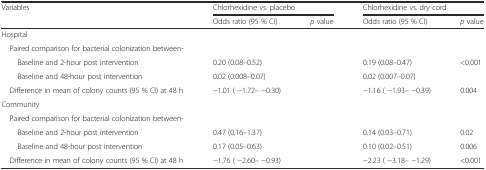
<table><thead><tr><td rowspan="2"><b>Variables</b></td><td colspan="2"><b>Chlorhexidine vs. placebo</b></td><td colspan="2"><b>Chlorhexidine vs. dry cord</b></td></tr><tr><td><b>Odds ratio (95 % CI)</b></td><td><b><i>p</i> value</b></td><td><b>Odds ratio (95 % CI)</b></td><td><b><i>p</i> value</b></td></tr></thead><tbody><tr><td>Hospital</td><td>[EMPTY_CELL]</td><td>[EMPTY_CELL]</td><td>[EMPTY_CELL]</td><td>[EMPTY_CELL]</td></tr><tr><td> Paired comparison for bacterial colonization between-</td><td>[EMPTY_CELL]</td><td>[EMPTY_CELL]</td><td>[EMPTY_CELL]</td><td>[EMPTY_CELL]</td></tr><tr><td>Baseline and 2-hour post intervention</td><td>0.20 (0.08–0.52)</td><td>[EMPTY_CELL]</td><td>0.19 (0.08–0.47)</td><td>&lt;0.001</td></tr><tr><td>Baseline and 48-hour post intervention</td><td>0.02 (0.008–0.07)</td><td>[EMPTY_CELL]</td><td>0.02 (0.007–0.07)</td><td>[EMPTY_CELL]</td></tr><tr><td> Difference in mean of colony counts (95 % CI) at 48 h</td><td>−1.01 ( −1.72– −0.30)</td><td>[EMPTY_CELL]</td><td>−1.16 ( −1.93– −0.39)</td><td>0.004</td></tr><tr><td>Community</td><td colspan="4">[EMPTY_CELL]</td></tr><tr><td> Paired comparison for bacterial colonization between-</td><td colspan="4">[EMPTY_CELL]</td></tr><tr><td>Baseline and 2-hour post intervention</td><td>0.47 (0.16–1.37)</td><td>[EMPTY_CELL]</td><td>0.14 (0.03–0.71)</td><td>0.02</td></tr><tr><td>Baseline and 48-hour post intervention</td><td>0.17 (0.05–0.63)</td><td>[EMPTY_CELL]</td><td>0.10 (0.02–0.51)</td><td>0.006</td></tr><tr><td> Difference in mean of colony counts (95 % CI) at 48 h</td><td>−1.76 ( −2.60– −0.93)</td><td>[EMPTY_CELL]</td><td>−2.23 ( −3.18– −1.29)</td><td>&lt;0.001</td></tr></tbody></table>